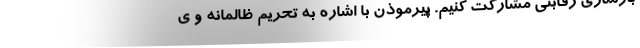
بازسازی رقابتی مشارکت کنیم. پیرموذن با اشاره به تحریم ظالمانه و ی